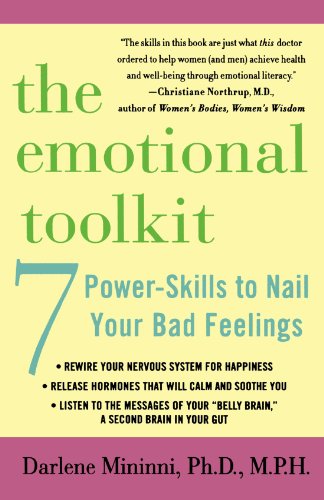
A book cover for The Emotional Toolkit: Seven Power-Skills to Nail Your Bad Feelings; Darlene Mininni; Self-Help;